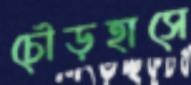
চৌড়হাসে